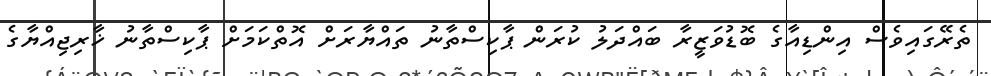
ތެރޭގައިވެސް އިންޑިއާގެ ބޮޑުވަޒީރާ ބައްދަލު ކުރަން ޕާކިސްތާނު ތައްޔާރަށް އޮތްކަމަށް ޕާކިސްތާނު ޚާރިޖިއްޔާގެ